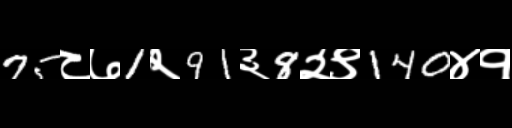
Text: 75८७1२91३8२९140४१